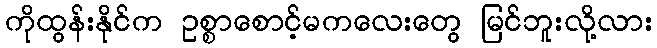
ကိုထွန်းနိုင်က ဥစ္စာစောင့်မကလေးတွေ မြင်ဘူးလို့လား